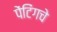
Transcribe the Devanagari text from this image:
पेंटिंगचे